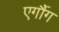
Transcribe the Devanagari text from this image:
एर्गौग